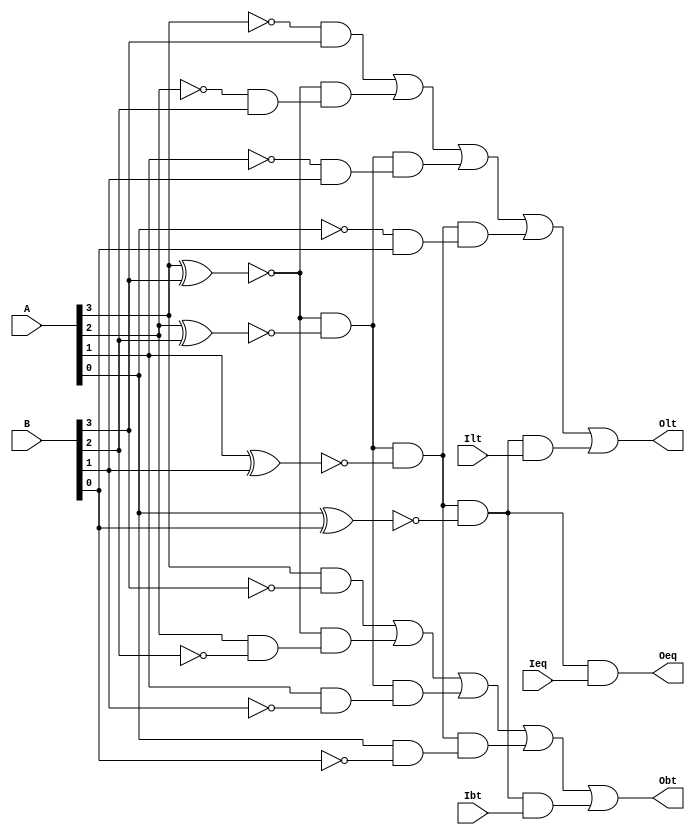
//4
module fourbits_comp(
  input [3:0] A, 
  input [3:0] B,
  input Ieq,
  input Ilt,
  input Ibt,
  output Oeq,
  output Olt,
  output Obt
);
  wire xnor0, xnor1, xnor2, xnor3;
  wire lt3, lt2, lt1, lt0, bt3, bt2, bt1, bt0;
  assign xnor3=~(A[3]^B[3]),
         xnor2=~(A[2]^B[2]),
         xnor1=~(A[1]^B[1]),
         xnor0=~(A[0]^B[0]);
  assign lt3=~A[3]&B[3],
         lt2=~A[2]&B[2],
         lt1=~A[1]&B[1],
         lt0=~A[0]&B[0];
  assign bt3=A[3]&~B[3],
         bt2=A[2]&~B[2],
         bt1=A[1]&~B[1],
         bt0=A[0]&~B[0];
  assign Oeq=xnor3&xnor2&xnor1&xnor0&Ieq;
  assign Olt=lt3|xnor3&lt2|xnor3&xnor2&lt1|xnor3&xnor2&xnor1&lt0|xnor3&xnor2&xnor1&xnor0&Ilt;
  assign Obt=bt3|xnor3&bt2|xnor3&xnor2&bt1|xnor3&xnor2&xnor1&bt0|xnor3&xnor2&xnor1&xnor0&Ibt;
endmodule